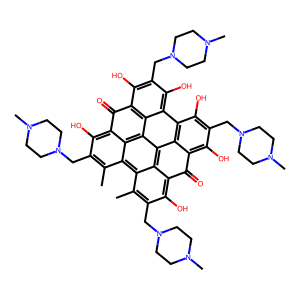
SMILES: Cc1c(CN2CCN(C)CC2)c(O)c2c(=O)c3c(O)c(CN4CCN(C)CC4)c(O)c4c5c(O)c(CN6CCN(C)CC6)c(O)c6c(=O)c7c(O)c(CN8CCN(C)CC8)c(C)c8c1c2c(c34)c(c78)c65
Inhibits HIV replication: No